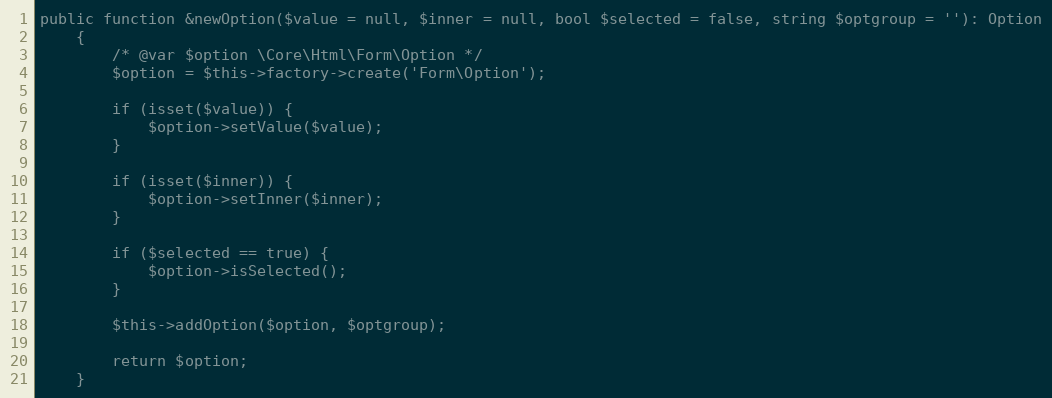
Language: PHP
public function &newOption($value = null, $inner = null, bool $selected = false, string $optgroup = ''): Option
    {
        /* @var $option \Core\Html\Form\Option */
        $option = $this->factory->create('Form\Option');

        if (isset($value)) {
            $option->setValue($value);
        }

        if (isset($inner)) {
            $option->setInner($inner);
        }

        if ($selected == true) {
            $option->isSelected();
        }

        $this->addOption($option, $optgroup);

        return $option;
    }